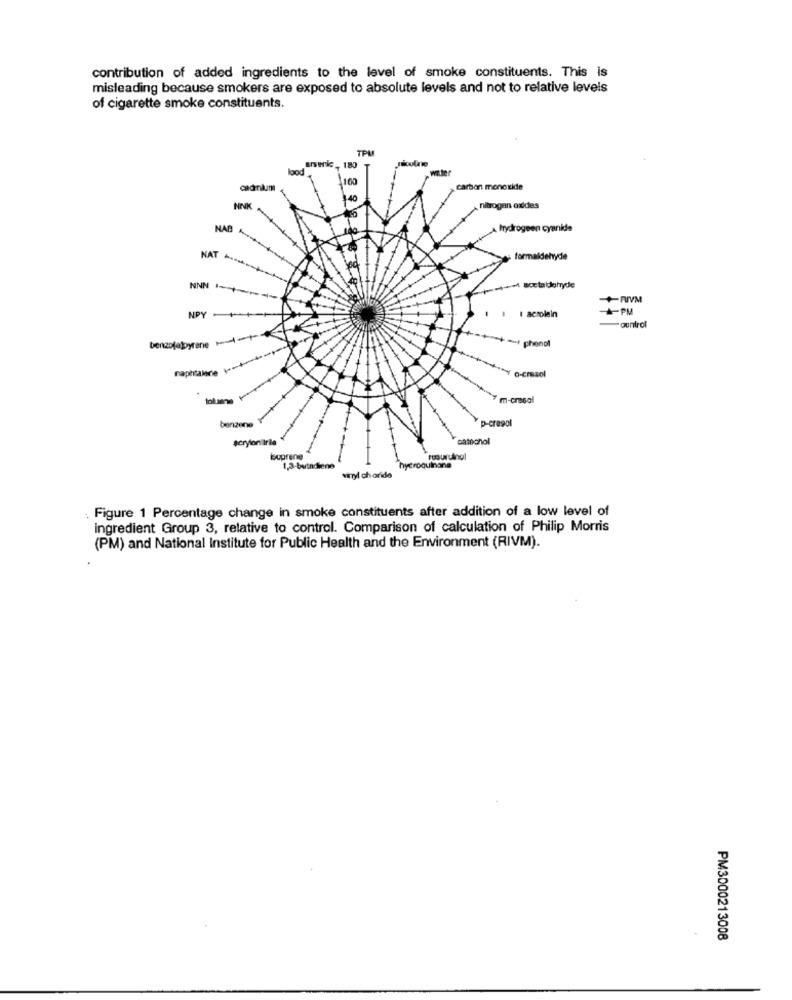
contribution of added ingredients to the level of smoke constituents. This is
misleading because smokers are exposed to absolute levels and not to relative levels
of cigarette smoke constituents.
TPU
lood
cadinium
carbon monoxide
NINK
nitrogen oxides
MAB 4
A frydrogeen cyanide
NAT -
formaldehyde
NNN 1
acetaldehyde
+RIVM
A-PM
NPY
acrolein
control
benzolapyrone ++
phenol
naphtalone
toluana
m-crasal
benzene
p-cresol
#cryloniirile
catechol
buprene
Foowulnal
1,3-butadiene
hydroquinone
vinyl choride
Figure 1 Percentage change in smoke constituents after addition of a low level of
ingredient Group 3, relative to control. Comparison of calculation of Philip Morris
(PM) and National Institute for Public Health and the Environment (RIVM).
PM3000213008